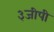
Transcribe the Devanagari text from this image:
३जीपी